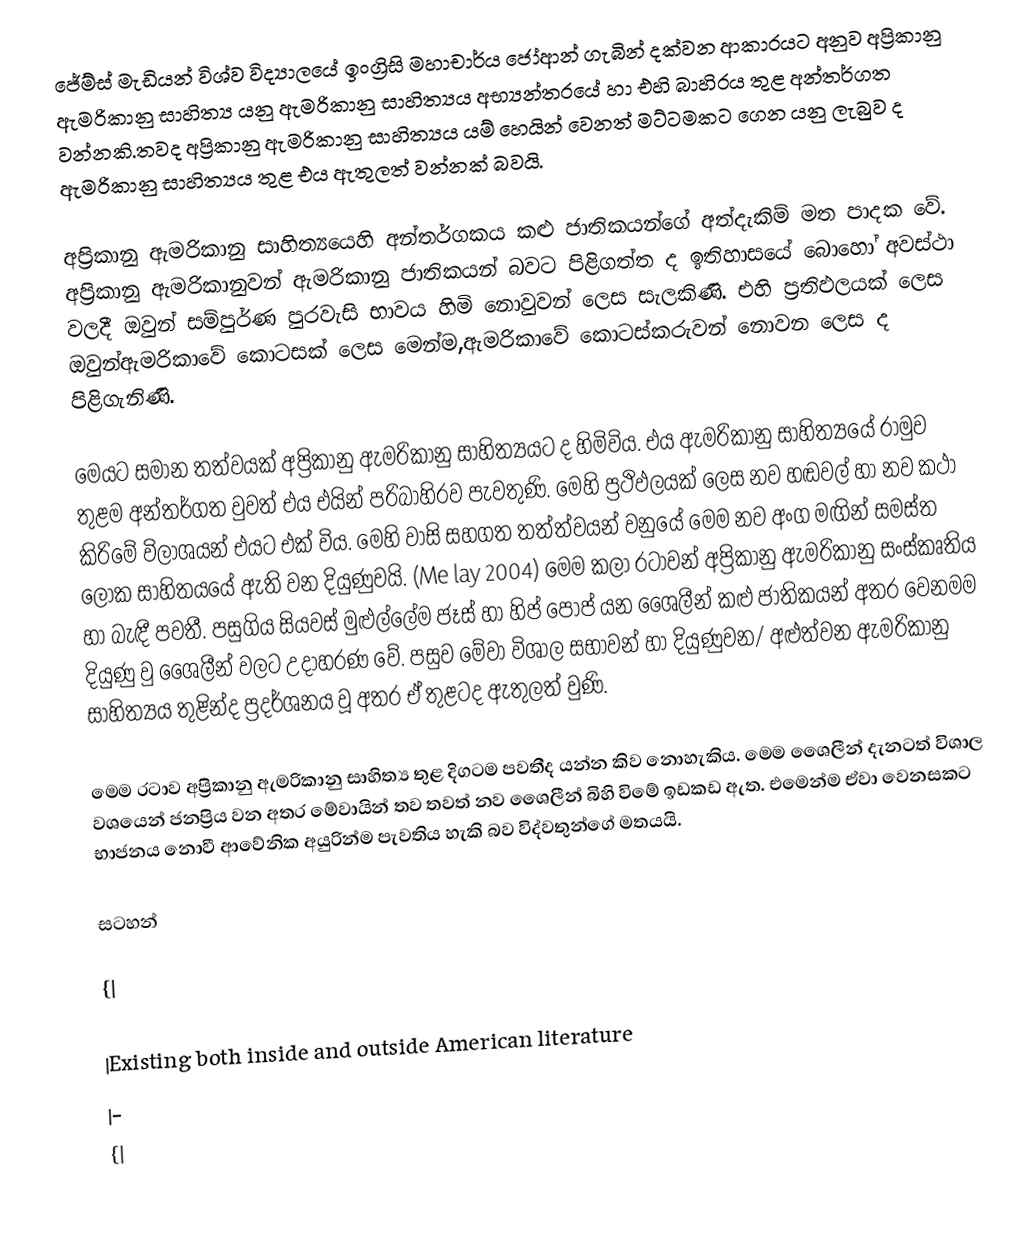
ජේම්ස් මැඩියන් විශ්ව විද්‍යාලයේ ඉංග්‍රිසි මහාචාර්ය ජෝආන් ගැබින් දක්වන ආකාරයට අනුව අප්‍රිකානු ඇමරිකානු සාහිත්‍ය යනු ඇමරිකානු සාහිත්‍යය අභ්‍යන්තරයේ හා එහි බාහිරය  තුළ අන්තර්ගත වන්නකි.තවද අප්‍රිකානු ඇමරිකානු සාහිත්‍යය යම් හෙයින් වෙනත් මට්ටමකට ගෙන යනු ලැබුව ද ඇමරිකානු සාහිත්‍යය තුළ එය ඇතුලත් වන්නක් බවයි.

අප්‍රිකානු ඇමරිකානු සාහිත්‍යයෙහි අන්තර්ගකය කළු ජාතිකයන්ගේ අත්දැකිම් මත පාදක වේ. අප්‍රිකානු ඇමරිකානුවන් ඇමරිකානු ජාතිකයන් බවට පිළිගත්ත ද  ඉතිහාසයේ බොහෝ අවස්ථා වලදී ඔවුන් සම්පුර්ණ පුරවැසි භාවය හිමි නොවුවන් ලෙස සැලකිණි. එහි ප්‍රතිඵලයක් ලෙස ඔවුන්ඇමරිකාවේ කොටසක් ලෙස මෙන්ම,ඇමරිකාවේ කොටස්කරුවන් නොවන ලෙස ද පිළිගැනිණි.

මෙයට සමාන තත්වයක් අප්‍රිකානු ඇමරිකානු සාහිත්‍යයට ද හිමිවිය. එය ඇමරිකානු සාහිත්‍යයේ රාමුව තුළම අන්තර්ගත වුවත් එය එයින් පරිබාහිරව පැවතුණි. මෙහි ප්‍රථිඵලයක් ලෙස නව හඬවල් හා නව කථා කිරිමේ විලාශයන් එයට එක් විය. මෙහි වාසි සහගත තත්ත්වයන් වනුයේ මෙම නව අංග මඟින් සමස්ත ලෝක සාහිතයයේ ඇති වන දියුණුවයි. (Me lay 2004) මෙම කලා රටාවන් අප්‍රිකානු ඇමරිකානු සංස්කෘතිය හා බැඳී පවතී. පසුගිය සියවස් මුළුල්ලේම ජෑස් හා හිප් පොප් යන ශෛලීන් කළු ජාතිකයන්‍ අතර වෙනමම දියුණු වු ශෛලීන් වලට උදාහරණ වේ. පසුව මේවා විශාල සභාවන් හා දියුණුවන/ අළුත්වන ඇමරිකානු සාහිත්‍යය තුළින්ද ප්‍රදර්ශනය වූ අතර ඒ තුළටද ඇතුලත් වුණි.

මෙම රටාව අප්‍රිකානු ඇමරිකානු සාහිත්‍ය තුළ දිගටම පවතීද යන්න කිව නොහැකිය. මෙම ශෛලීන් දැනටත් විශාල වශයෙන් ජනප්‍රිය වන අතර මේවායින් තව තවත් නව ශෛලීන් බිහි විමේ ඉඩකඩ ඇත. එමෙන්ම ඒවා වෙනසකට භාජනය නොවී ආවේනික අයුරින්ම පැවතිය හැකි බව විද්වතුන්ගේ මතයයි.

සටහන්

{|

|Existing both inside and outside American literature
|-
{|